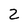
Character: 2